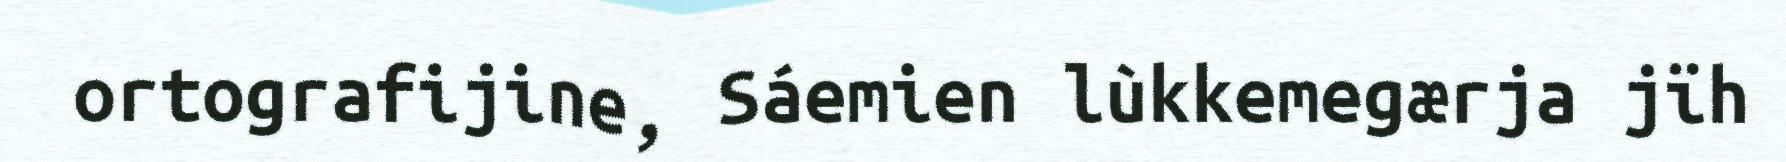
ortografijine, Sáemien lùkkemegærja jïh